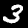
Label: 3